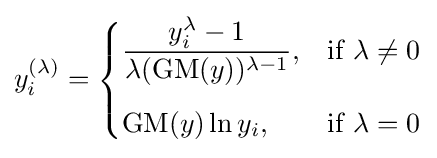
y_{i}^{(\lambda )}={\begin{cases}{\dfrac {y_{i}^{\lambda }-1}{\lambda (\operatorname {GM} (y))^{\lambda -1}}},&{\text{if }}\lambda \neq 0\\[12pt]\operatorname {GM} (y)\ln {y_{i}},&{\text{if }}\lambda =0\end{cases}}